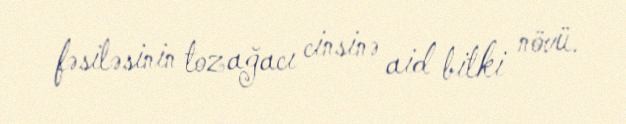
fəsiləsinin tozağacı cinsinə aid bitki növü.